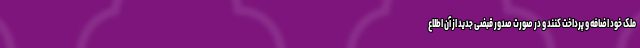
ملک خود اضافه و پرداخت کنند و در صورت صدور قبضی جدید از آن اطلاع